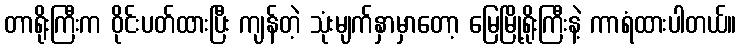
တာရိုးကြီးက ဝိုင်းပတ်ထားပြီး ကျန်တဲ့ သုံးမျက်နှာမှာတော့ မြေမြို့ရိုးကြီးနဲ့ ကာရံထားပါတယ်။